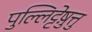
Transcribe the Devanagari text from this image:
पुल्लिट्टेष़ुत्तु